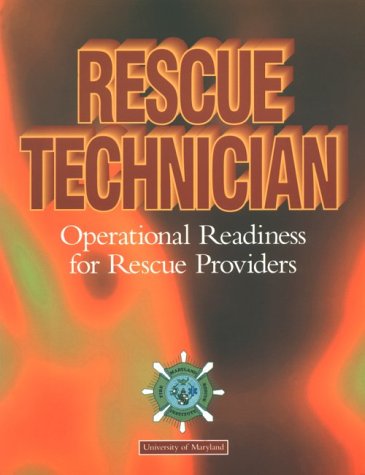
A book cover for Rescue Technician: Operational Readiness for Rescue Providers, 1e (Lifeline); MFRI; Medical Books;